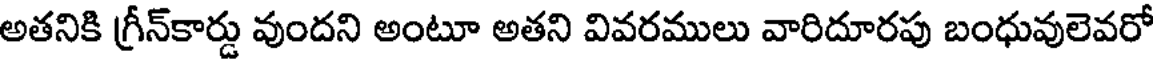
అతనికి గ్రీన్కార్డు వుందని అంటూ అతని వివరములు వారిదూరపు బంధువులెవరో